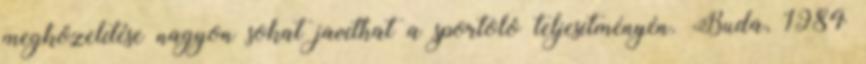
megközelítése nagyon sokat javíthat a sportoló teljesítményén. Buda, 1984